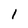
Character: 1